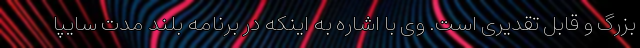
بزرگ و قابل تقدیری است. وی با اشاره به اینکه در برنامه بلند مدت سایپا